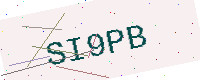
Text: SI9PB